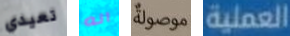
تعيدي انه موصولة العملية